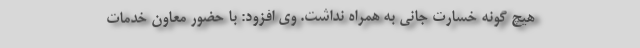
هیچ گونه خسارت جانی به همراه نداشت. وی افزود: با حضور معاون خدمات